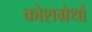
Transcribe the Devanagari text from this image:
कोशग्रेथों